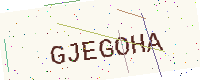
Text: GJEGOHA